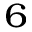
^ { 6 }